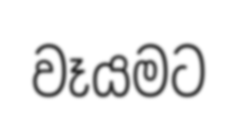
වෑයමට